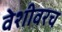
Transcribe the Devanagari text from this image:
वेशीवरच